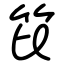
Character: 笓